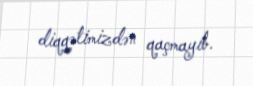
diqqətimizdən qaçmayıb.